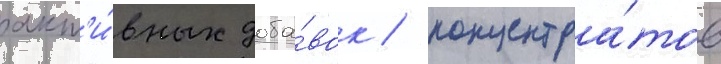
акт'и́вных доба́вок / концентра́тов